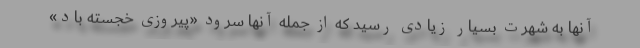
آنها به شهرت بسیار زیادی رسید که از جمله آنها سرود «پیروزی خجسته باد»